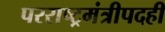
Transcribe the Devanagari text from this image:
परराष्ट्रमंत्रीपदही